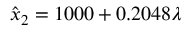
\hat { x } _ { 2 } = 1 0 0 0 + 0 . 2 0 4 8 \lambda